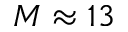
M \approx 1 3